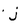
Character: j